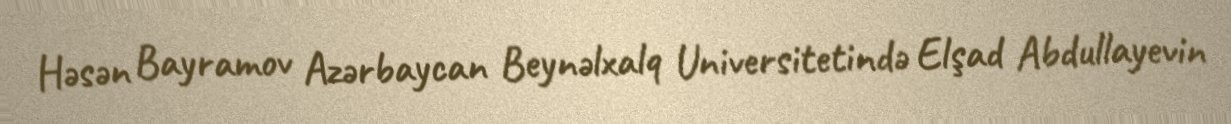
Həsən Bayramov Azərbaycan Beynəlxalq Universitetində Elşad Abdullayevin